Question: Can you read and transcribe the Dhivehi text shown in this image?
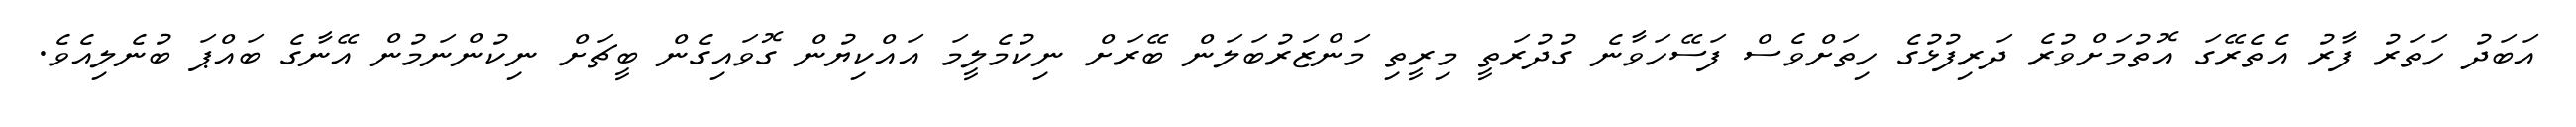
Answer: އަބަދު ހަތަރު ފާރު އެތެރޭގަ އޮތުމަށްވުރެ ދަރިފުޅުގެ ހިތަށްވެސް ފަސޭހަވާނެ ގުދުރަތީ މިރީތި މަންޒަރުބަލަން ބޭރަށް ނިކުމެލީމަ އައްކިޔުން ގޮވައިގެން ބީޗަށް ނިކުންނަމުން އޭނާގެ ބައްޕަ ބުނެލިއެވެ.